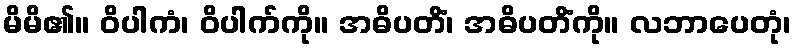
မိမိ၏။ ဝိပါကံ၊ ဝိပါက်ကို။ အဓိပတိံ၊ အဓိပတိံကို။ လဘာပေတုံ၊